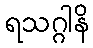
ရသဂ္ဂါနိ